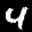
Label: 4